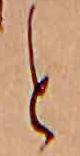
と